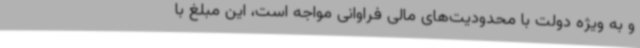
و به ویژه دولت با محدودیت‌های مالی فراوانی مواجه است، این مبلغ با